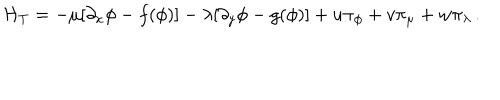
{ \cal H } _ { T } = - \mu [ \partial _ { x } \phi - f ( \phi ) ] - \lambda [ \partial _ { y } \phi - g ( \phi ) ] + u \pi _ { \phi } + v \pi _ { \mu } + w \pi _ { \lambda } \, .